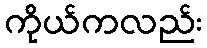
ကိုယ်ကလည်း